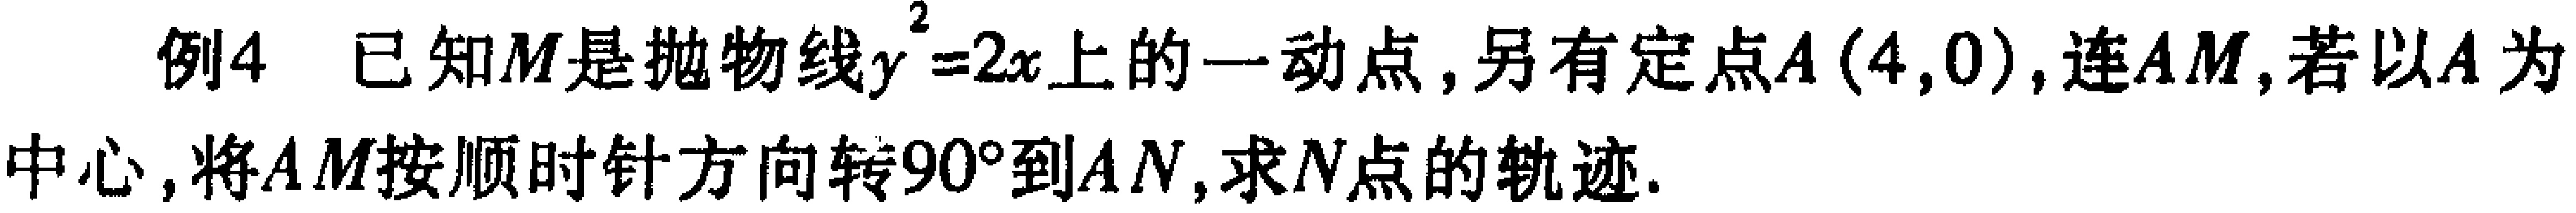
, 例4 已知\(M\)是抛物线\(y^{2}=2x\)上的一动点, 另有定点\(A(4,0)\), 连\(AM\), 若以\(A\)为中心, 将\(AM\)按顺时针方向转\(90^{\circ}\)到\(AN\), 求\(N\)点的轨迹.